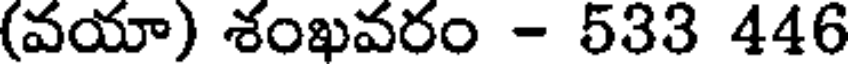
(వయా) శంఖవరం - 533 446